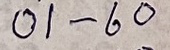
01 - 60